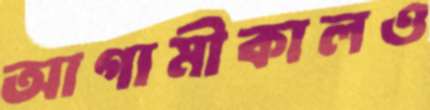
আগামীকালও